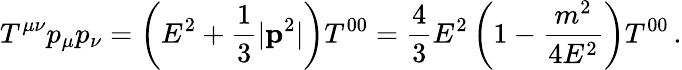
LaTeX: T^{\mu\nu}p_{\mu}p_{\nu}=\left(E^{2}+\frac{1}{3}|{\mathbf p}^{2}|\right)T^{00}=\frac{4}{3}E^{2}\left(1-\frac{m^{2}}{4E^{2}}\right)T^{00}\, .